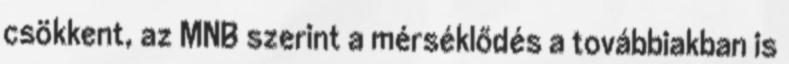
csökkent, az MNB szerint a mérséklődés a továbbiakban is